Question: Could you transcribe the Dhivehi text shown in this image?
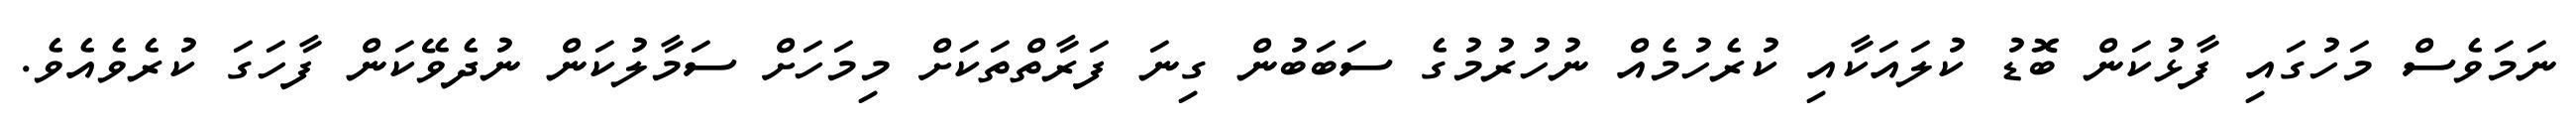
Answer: ނަމަވެސް މަހުގައި ފާޅުކަން ބޮޑު ކުލައަކާއި ކުރެހުމެއް ނުހުރުމުގެ ސަބަބުން ގިނަ ފަރާތްތަކަށް މިމަހަށް ސަމާލުކަން ނުދެވޭކަން ފާހަގަ ކުރެވެއެވެ.